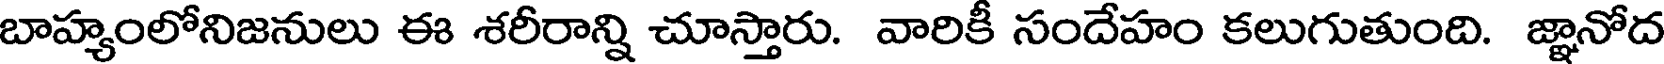
బాహ్యంలోనిజనులు ఈ శరీరాన్ని చూస్తారు. వారికీ సందేహం కలుగుతుంది. జ్ఞానోద